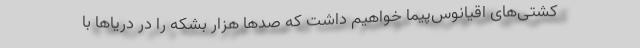
کشتی‌های اقیانوس‌پیما خواهیم داشت که صدها هزار بشکه را در دریاها با